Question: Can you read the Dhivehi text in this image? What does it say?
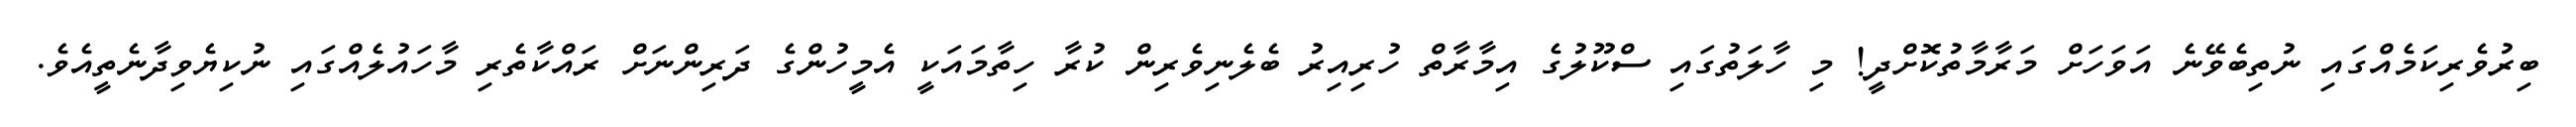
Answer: ބިރުވެރިކަމެއްގައި ނުތިބެވޭނެ އަވަހަށް މަރާމާތުކޮށްދީ! މި ހާލަތުގައި ސްކޫލުގެ އިމާރާތް ހުރިއިރު ބެލެނިވެރިން ކުރާ ހިތާމައަކީ އެމީހުންގެ ދަރިންނަށް ރައްކާތެރި މާހައުލެއްގައި ނުކިޔެވިދާނެތީއެވެ.